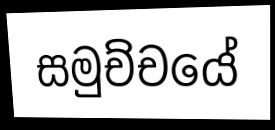
සමුච්චයේ